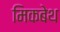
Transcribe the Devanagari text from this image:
मिकबेथ